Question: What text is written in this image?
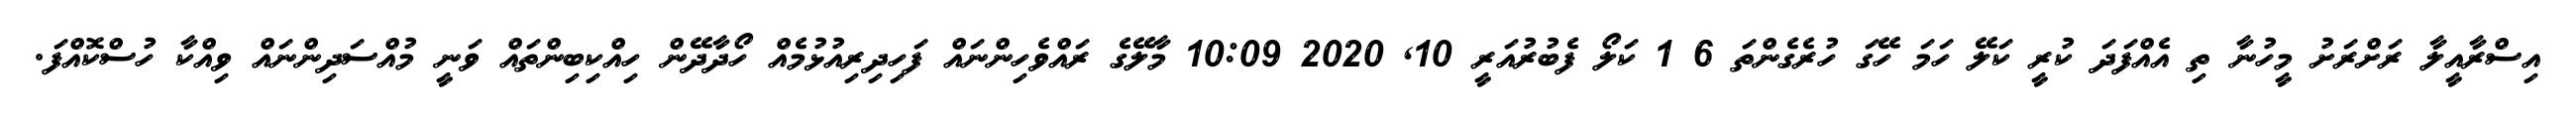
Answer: އިސްރާއީލާ ރަށްރަށު މީހުނާ ތި އެއްފަދަ ކުރީ ކަލޭ ހަމަ ހޭގަ ހުރެގެންތަ 6 1 ކަލޯ ފެބުރުއަރީ 10, 2020 10:09 މާލޭގެ ރައްވެހިންނައް ފަހިދިރިއުޅުމެއް ހޯދާދޭން ހިއްކިބިންތައް ވަނީ މުއްސަދިންނައް ވިއްކާ ހުސްކޮއްފަ.